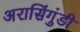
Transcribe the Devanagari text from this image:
अरासिंगुंडी